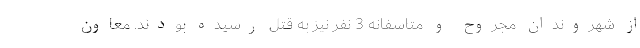
از شهروندان مجروح و متاسفانه 3 نفر نیز به قتل رسیده بودند. معاون